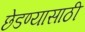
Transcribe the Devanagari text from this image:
छेडण्यासाठी